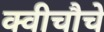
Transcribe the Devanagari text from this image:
क्वीचौचे